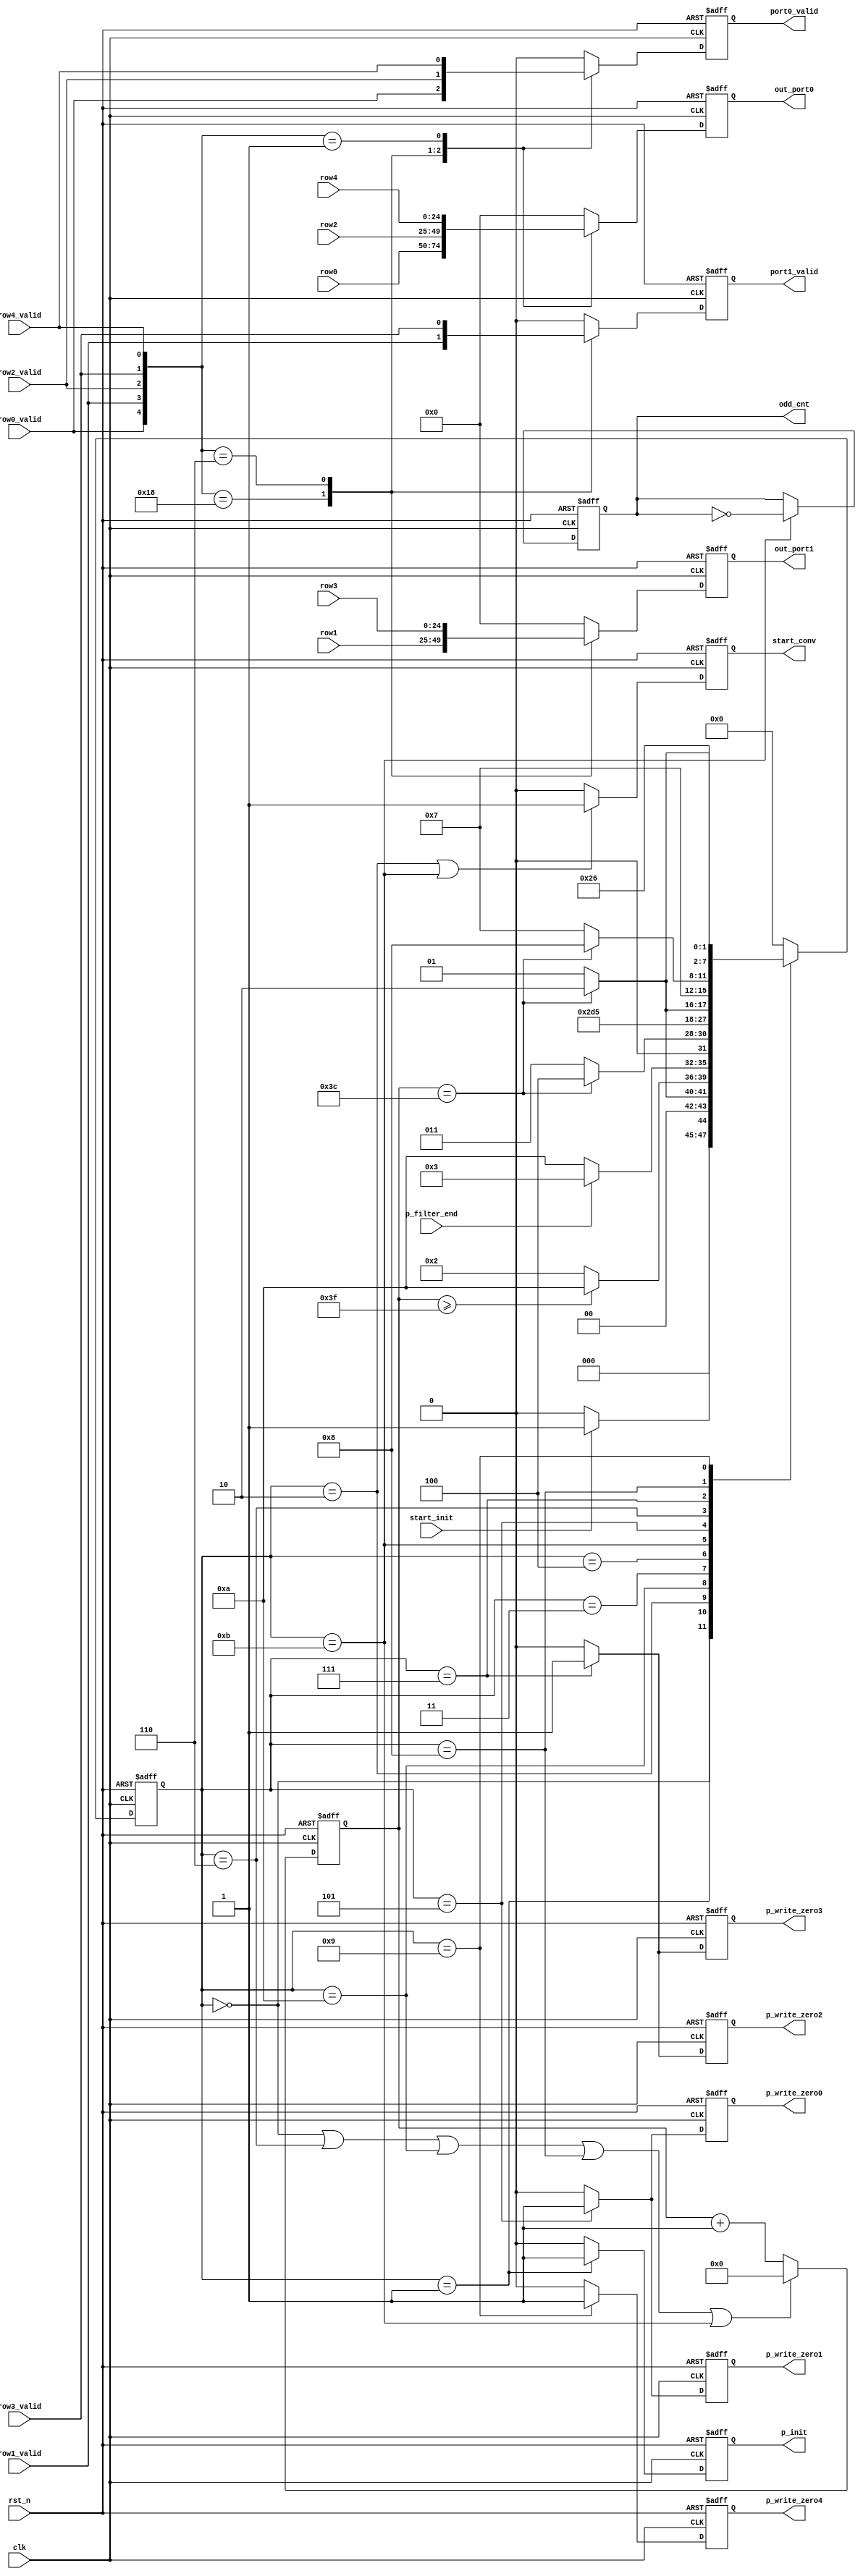
`timescale 1ns / 1ps
//////////////////////////////////////////////////////////////////////////////////
// Company: 
// Engineer: 
// 
// Design Name: 
// Module Name: WRITE_BACK
// Project Name: 
// Target Devices: 
// Tool Versions: 
// Description: 
// 
// Dependencies: 
// 
// Revision:
// Revision 0.01 - File Created
// Additional Comments:
// 
//////////////////////////////////////////////////////////////////////////////////


///==------------------------------------------------------------------==///
/// Conv kernel: writeback controller
///==------------------------------------------------------------------==///
module WRITE_BACK #(
    parameter data_width = 25,
    parameter depth = 61
) (
    input  clk,
    input  rst_n,
    input  start_init,
    input  p_filter_end,
    input  [data_width-1:0] row0,
    input  row0_valid,
    input  [data_width-1:0] row1,
    input  row1_valid,
    input  [data_width-1:0] row2,
    input  row2_valid,
    input  [data_width-1:0] row3,
    input  row3_valid,
    input  [data_width-1:0] row4,
    input  row4_valid,
    output p_write_zero0,
    output p_write_zero1,
    output p_write_zero2,
    output p_write_zero3,
    output p_write_zero4,
    output p_init,
    output [data_width-1:0] out_port0,
    output [data_width-1:0] out_port1,
    output port0_valid,
    output port1_valid,
    output start_conv,
    output odd_cnt
);
    /// machine state encode
    localparam IDLE         = 4'd0;
    localparam INIT_BUFF    = 4'd1;
    localparam START_CONV   = 4'd2;
    localparam WAIT_ADD     = 4'd3;
    localparam WAIT_WRITE0    = 4'd4;
    localparam ROW_0_1      = 4'd5;
    localparam CLEAR_0_1    = 4'd6;
    localparam ROW_2_3      = 4'd7;
    localparam CLEAR_2_3    = 4'd8;
    localparam ROW_5        = 4'd9;
    localparam CLEAR_START_CONV = 4'd10;
    localparam CLEAR_CNT    = 4'd11;

    // localparam DONE         = 4'b1001;
    /// machine state
    reg [3:0] st_next;
    reg [3:0] st_cur;
    reg [7:0] cnt;
    /// State transfer
    always @(posedge clk or negedge rst_n) begin
        if (!rst_n)
            st_cur <= IDLE;
        else 
            st_cur <= st_next;
    end
    /// Next state logic
    always @(*) begin
        st_next = st_cur;
        case(st_cur)
            IDLE:
                if (start_init)
                    st_next = INIT_BUFF;
                else
                    st_next = IDLE;
            INIT_BUFF:
                if (cnt == depth-1)
                    st_next = START_CONV;
                else
                    st_next = INIT_BUFF;
            START_CONV:
                if (cnt >= depth+2)
                    st_next = CLEAR_START_CONV;
                else 
                    st_next = START_CONV;
            CLEAR_START_CONV:
                if (p_filter_end)
                    st_next = WAIT_ADD;
                else
                    st_next = CLEAR_START_CONV;
            WAIT_ADD:
                if (cnt == depth-1)
                    st_next = WAIT_WRITE0;
                else
                    st_next = WAIT_ADD;
            WAIT_WRITE0:
                st_next = CLEAR_CNT;
            CLEAR_CNT:
                st_next = ROW_0_1;
            ROW_0_1:
                if (cnt == depth-1)
                    st_next = CLEAR_0_1;
                else
                    st_next = ROW_0_1;
            CLEAR_0_1:
                st_next = ROW_2_3;
            ROW_2_3:
                if (cnt == depth-1)
                    st_next = CLEAR_2_3;
                else
                    st_next = ROW_2_3;
            CLEAR_2_3:
                st_next = ROW_5;
            ROW_5:
                if (cnt == depth-1)
                    st_next = CLEAR_START_CONV;
                else
                    st_next = ROW_5;
            // DONE:
            //     st_next = START_CONV;
            default:
                st_next = IDLE;  
        endcase
    end
    /// Output logic
    reg p_write_zero0_r;
    reg p_write_zero1_r;
    reg p_write_zero2_r;
    reg p_write_zero3_r;
    reg p_write_zero4_r;
    reg p_init_r;
    reg [data_width-1:0] out_port0_r;
    reg [data_width-1:0] out_port1_r;
    reg port0_valid_r;
    reg port1_valid_r;
    reg start_conv_r;
    /// Output start conv signal
    always @(posedge clk or negedge rst_n) begin
        if (!rst_n)
            start_conv_r <= 0;
        else if (st_cur == START_CONV || st_cur == CLEAR_CNT)
            start_conv_r <= 1;
        else
            start_conv_r <= 0;
    end
    assign start_conv = start_conv_r;
    /// PingPong buffer controller signal
    reg odd_cnt_r;
    always @(posedge clk or negedge rst_n) begin
        if (!rst_n)
            odd_cnt_r <= 0;
        else if (st_cur == CLEAR_CNT)
            odd_cnt_r <= ~odd_cnt;
        else
            odd_cnt_r <= odd_cnt;
    end
    assign odd_cnt = odd_cnt_r;
    /// Output zero flag signals
    always @(posedge clk or negedge rst_n) begin
        if (!rst_n) begin
            p_write_zero0_r <= 0;
            p_write_zero1_r <= 0;
        end else if (st_cur == ROW_0_1) begin
            p_write_zero0_r <= 1;  
            p_write_zero1_r <= 1;
        end else begin
            p_write_zero0_r <= 0;
            p_write_zero1_r <= 0;
        end
    end
    always @(posedge clk or negedge rst_n) begin
        if (!rst_n) begin
            p_write_zero2_r <= 0;
            p_write_zero3_r <= 0;
        end else if (st_cur == ROW_2_3) begin
            p_write_zero2_r <= 1;  
            p_write_zero3_r <= 1;
        end else begin
            p_write_zero2_r <= 0;
            p_write_zero3_r <= 0;
        end
    end
    always @(posedge clk or negedge rst_n) begin
        if (!rst_n) begin
            p_write_zero4_r <= 0;
        end else if (st_cur == ROW_5) begin
            p_write_zero4_r <= 1;  
        end else begin
            p_write_zero4_r <= 0;
        end
    end
    assign p_write_zero0 = p_write_zero0_r;
    assign p_write_zero1 = p_write_zero1_r;
    assign p_write_zero2 = p_write_zero2_r;
    assign p_write_zero3 = p_write_zero3_r;
    assign p_write_zero4 = p_write_zero4_r;   
    /// Init buffer signal, why this signal? since, at the beginning, the buffer is empty, we only need to
    /// push zero to buffer without read from it, this behaviour is difference from p_write_zerox signals
    always @(posedge clk or negedge rst_n) begin
        if (!rst_n)
            p_init_r <= 0;
        else if (st_cur == INIT_BUFF)
            p_init_r <= 1;
        else
            p_init_r <= 0;
    end
    assign p_init = p_init_r;
    /// Update the cnt
    always @(posedge clk or negedge rst_n) begin
        if (!rst_n)
            cnt <= 0;
        else if (st_cur == IDLE || st_cur == CLEAR_0_1  || st_cur == CLEAR_START_CONV
            || st_cur == CLEAR_2_3 || st_cur == CLEAR_CNT)
            cnt <= 0;
        else 
            cnt <= cnt + 1;
    end
    /// Final result, a big mux
    always @(posedge clk or negedge rst_n) begin
        if (!rst_n) begin
            out_port0_r <= 0;
            out_port1_r <= 0;
            port0_valid_r <= 0;
            port1_valid_r <= 0;
        end else begin
            case({row0_valid, row1_valid, row2_valid, row3_valid, row4_valid})
                5'b11000 : begin
                    out_port0_r <= row0;
                    out_port1_r <= row1;
                    port0_valid_r <= row0_valid;
                    port1_valid_r <= row1_valid;
                end
                5'b00110 : begin
                    out_port0_r <= row2;
                    out_port1_r <= row3;
                    port0_valid_r <= row2_valid;
                    port1_valid_r <= row3_valid;
                end
                5'b00001 : begin
                    out_port0_r <= row4;
                    out_port1_r <= 0;
                    port0_valid_r <= row4_valid;
                    port1_valid_r <= 0;
                end
                default : begin
                    out_port0_r <= 0;
                    out_port1_r <= 0;
                    port0_valid_r <= 0;
                    port1_valid_r <= 0;
                end    
            endcase
        end
    end
    assign out_port0 = out_port0_r;
    assign out_port1 = out_port1_r;
    assign port0_valid = port0_valid_r;
    assign port1_valid = port1_valid_r;
endmodule